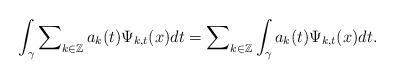
LaTeX: \begin{align*}\int\nolimits_{\gamma}\sum\nolimits_{k\in\mathbb{Z}}a_{k}(t)\Psi_{k,t}(x)dt=\sum\nolimits_{k\in\mathbb{Z}}\int\nolimits_{\gamma}a_{k}(t)\Psi_{k,t}(x)dt.\end{align*}